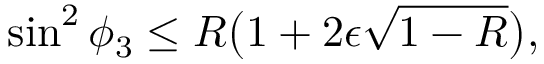
\sin ^ { 2 } { \phi _ { 3 } } \le R \big ( 1 + 2 { \epsilon } \sqrt { 1 - R } \big ) ,